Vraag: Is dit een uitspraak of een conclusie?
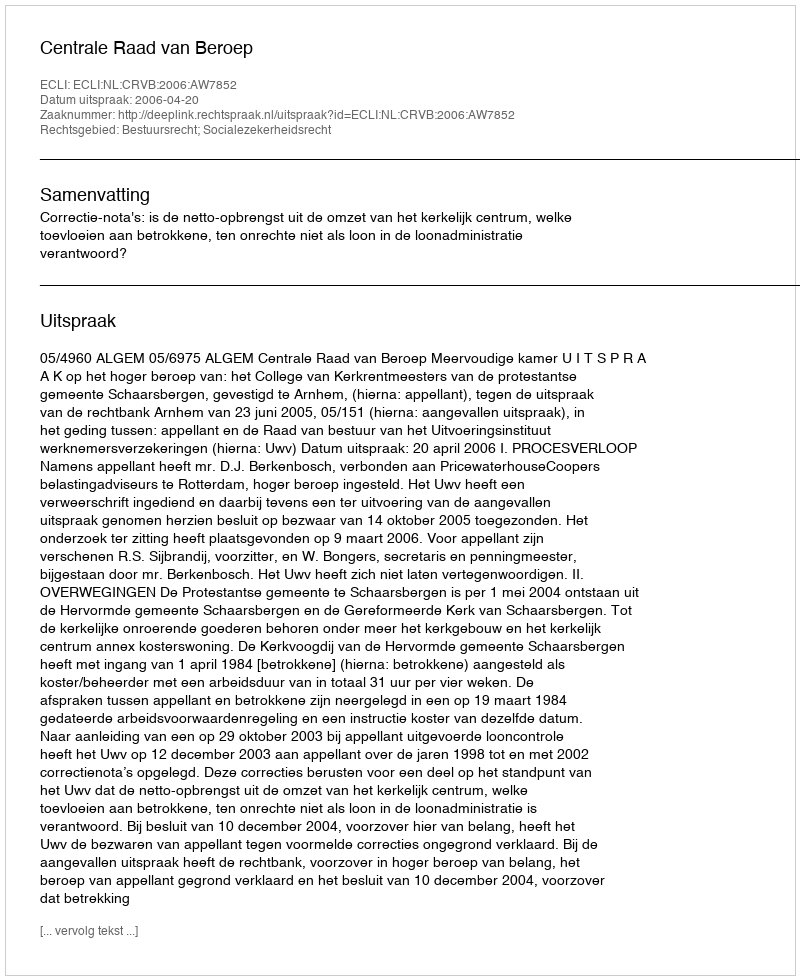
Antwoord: Uitspraak